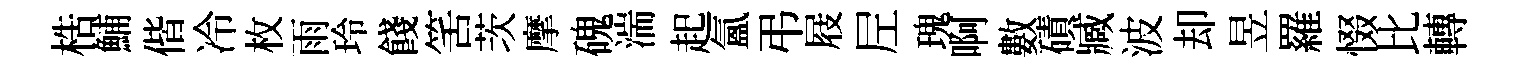
梏鯆偕冷枚雨玲餞筈茨摩磈湍起氲弔屐𡰱瑰啊數磧臧波却昱羅惙比轉